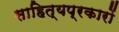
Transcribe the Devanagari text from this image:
साहित्यप्रकारों